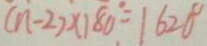
( n - 2 ) \times 1 8 0 ^ { \circ } = 1 6 2 0 ^ { \circ }